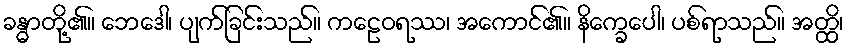
ခန္ဓာတို့၏။ ဘေဒေါ၊ ပျက်ခြင်းသည်။ ကဠေဝရဿ၊ အကောင်၏။ နိက္ခေပေါ၊ ပစ်ရာသည်။ အတ္ထိ၊